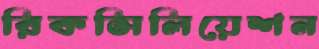
রিকসিলিয়েশন